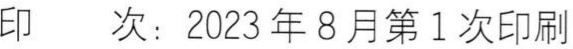
印   次：2023年8月第1次印刷